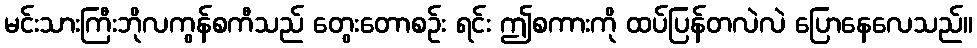
မင်းသားကြီးဘိုလကွန်စကီသည် တွေးတောစဉ်း ရင်း ဤစကားကို ထပ်ပြန်တလဲလဲ ပြောနေလေသည်။